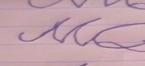
Signature authenticity: forged